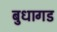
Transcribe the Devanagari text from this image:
बुधागड